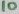
Text: 10